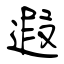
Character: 遐